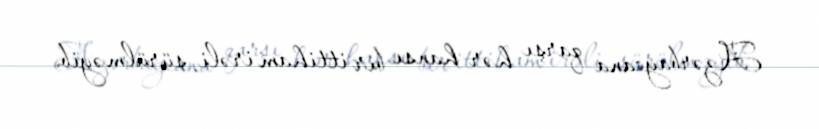
Azərbaycana qarşı hər hansı bir ittiham irəli sürülməyib.